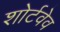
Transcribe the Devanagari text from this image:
शोर्टवेव